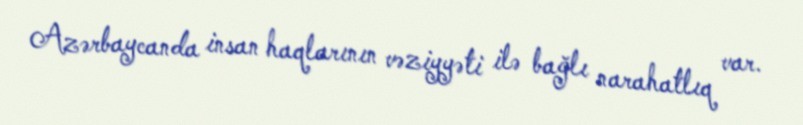
Azərbaycanda insan haqlarının vəziyyəti ilə bağlı narahatlıq var.